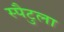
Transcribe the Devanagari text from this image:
स्पैटुला